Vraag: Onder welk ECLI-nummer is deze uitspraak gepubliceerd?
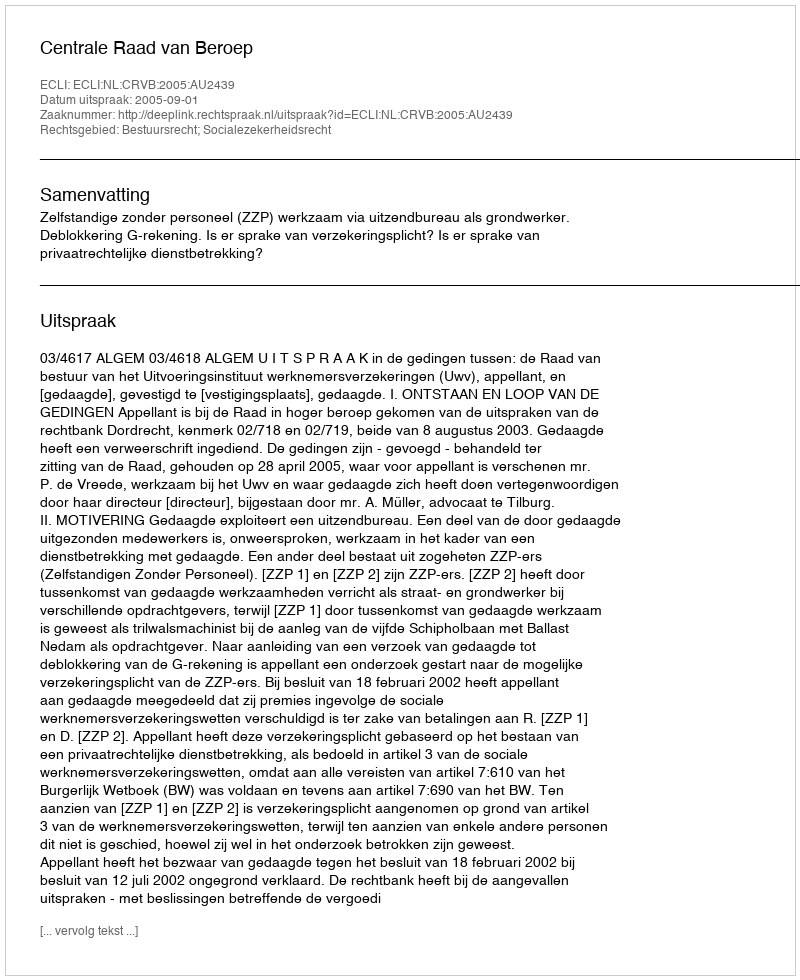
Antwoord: ECLI:NL:CRVB:2005:AU2439